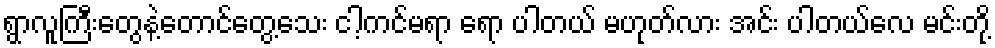
ရွာလူကြီးတွေနဲ့တောင်တွေ့သေး ငါ့ကင်မရာ ရော ပါတယ် မဟုတ်လား အင်း ပါတယ်လေ မင်းတို့